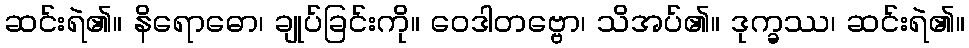
ဆင်းရဲ၏။ နိရောဓော၊ ချုပ်ခြင်းကို။ ဝေဒါတဗ္ဗော၊ သိအပ်၏။ ဒုက္ခဿ၊ ဆင်းရဲ၏။